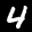
Label: 4